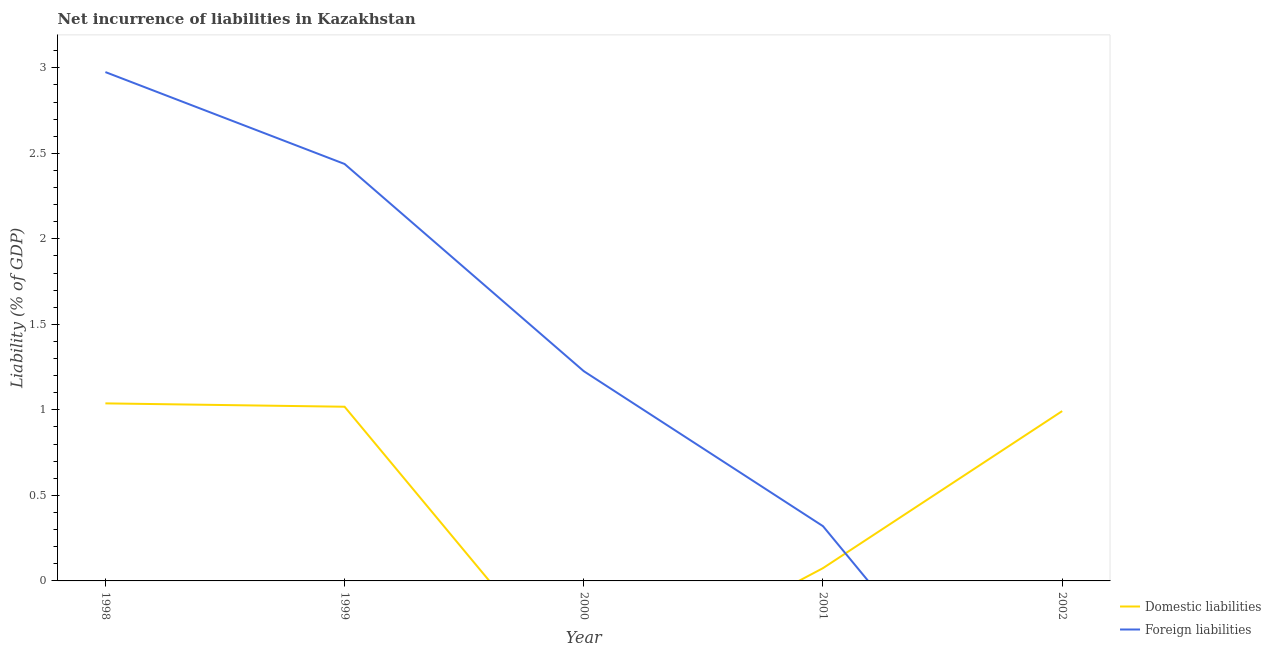
| Year | Domestic liabilities | Foreign liabilities |
 | --- | --- | --- |
 | 1998 | 1.04 | 2.98 |
 | 1999 | 1.02 | 2.44 |
 | 2000 | -0.664 | 1.23 |
 | 2001 | 0.0747 | 0.32 |
 | 2002 | 0.993 | -1.37 |